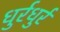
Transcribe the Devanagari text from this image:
धुर्रधुर्र